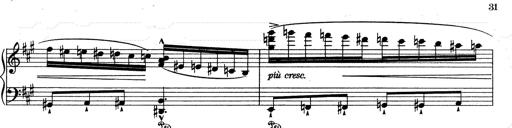
Title: RÃ©miniscences de Don Juan
Composer: Franz Liszt